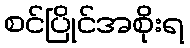
စင်ပြိုင်အစိုးရ